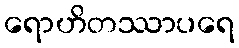
ရောဟိတဿာပရေ